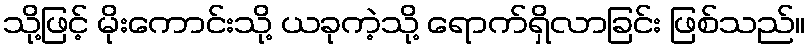
သို့ဖြင့် မိုးကောင်းသို့ ယခုကဲ့သို့ ရောက်ရှိလာခြင်း ဖြစ်သည်။